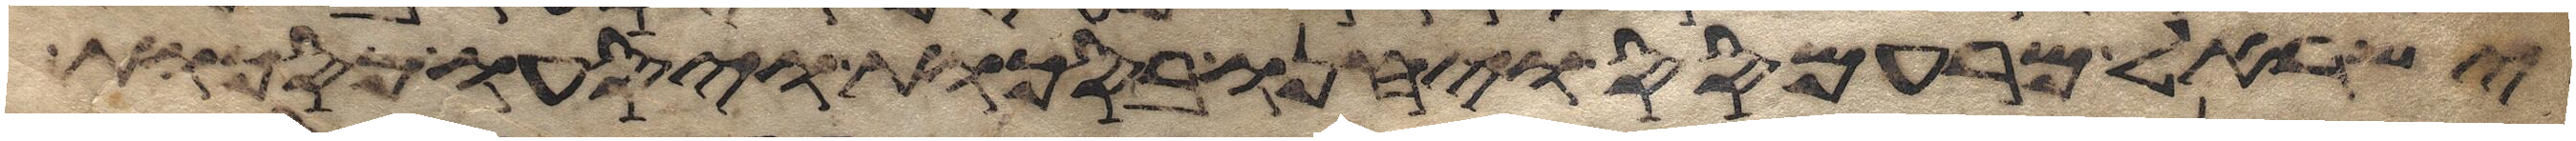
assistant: ישראל מרעמסס ויחנו בסכות ויסעו מסכות